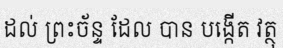
ដល់ ព្រះច័ន្ទ ដែល បាន បង្កើត វត្ថុ